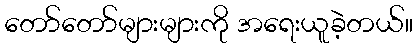
တော်တော်များများကို အရေးယူခဲ့တယ်။